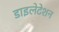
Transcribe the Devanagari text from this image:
डाइलेटेशन